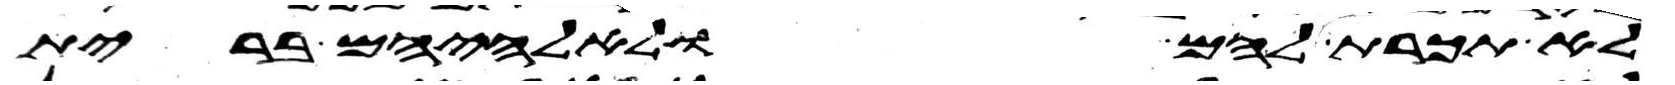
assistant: לא תכרת להם ולאלהיהם ברית